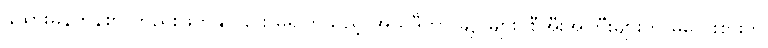
ခွဲထားမှန်ကန်စွာ တည်းဖြတ်နိုင်ခြင်း မရှိကြသည့် အယ်ဒီတာ ချုပ်များ၊ စီအီးအိုကြီးများကို မလေးစားဘဲ